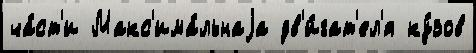
ча́ст'и Макс'има́льнаjа дв'и́гат'ел'я ку́зов